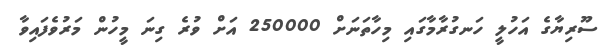
ސޫރިޔާގެ އަހުލީ ހަނގުރާމާގައި މިހާތަނަށް 250000 އަށް ވުރެ ގިނަ މީހުން މަރުވެފައިވާ